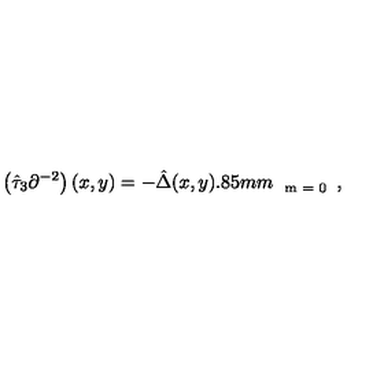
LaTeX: \left( \hat { \tau } _ { 3 } \partial ^ { - 2 } \right) ( x , y ) = - \hat { \Delta } ( x , y ) \raisebox { - 2 . 8 5 m m } { \scriptsize { m = 0 } } ,